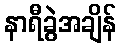
နာရီခွဲအချိန်